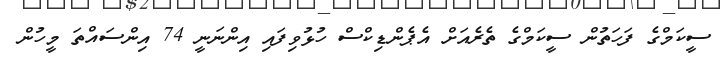
ސީކަމްގެ ފަހަތުން ސީކަމްގެ ތެރެއަށް އެޕެންޑިކްސް ހުޅުވިފައި އިންނަނީ 74 އިންސައްތަ މީހުން